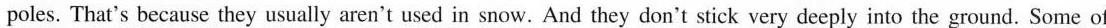
poles. That's because they usually aren't used in snow.And they don't stick very deeply into the ground. Some of